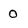
Character: 0